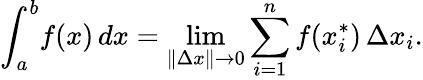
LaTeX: \int_{a}^{b}\! f(x)\, dx=\operatorname*{lim}_{\| \Delta x\| \rightarrow 0}\sum_{i=1}^{n}f(x_{i}^{*})\, \Delta x_{i}.